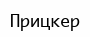
Прицкер